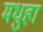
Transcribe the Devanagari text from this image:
मधुहा